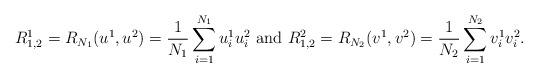
LaTeX: \begin{align*}R_{1,2}^1&=R_{N_1}(u^1,u^2)=\frac{1}{N_1}\sum_{i=1}^{N_1}u_i^1 u_i^{2}\,\,\mbox{and}\,\,R_{1,2}^2=R_{N_2}(v^{1},v^{2})=\frac{1}{N_2}\sum_{i=1}^{N_2}v_i^1 v_i^{2}.\end{align*}